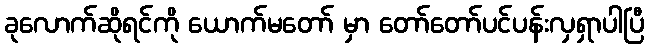
ခုလောက်ဆိုရင်ကို ယောက်မတော် မှာ တော်တော်ပင်ပန်းလှရှာပါပြီ